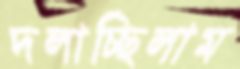
দলাচ্ছিলাম